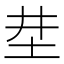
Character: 坓